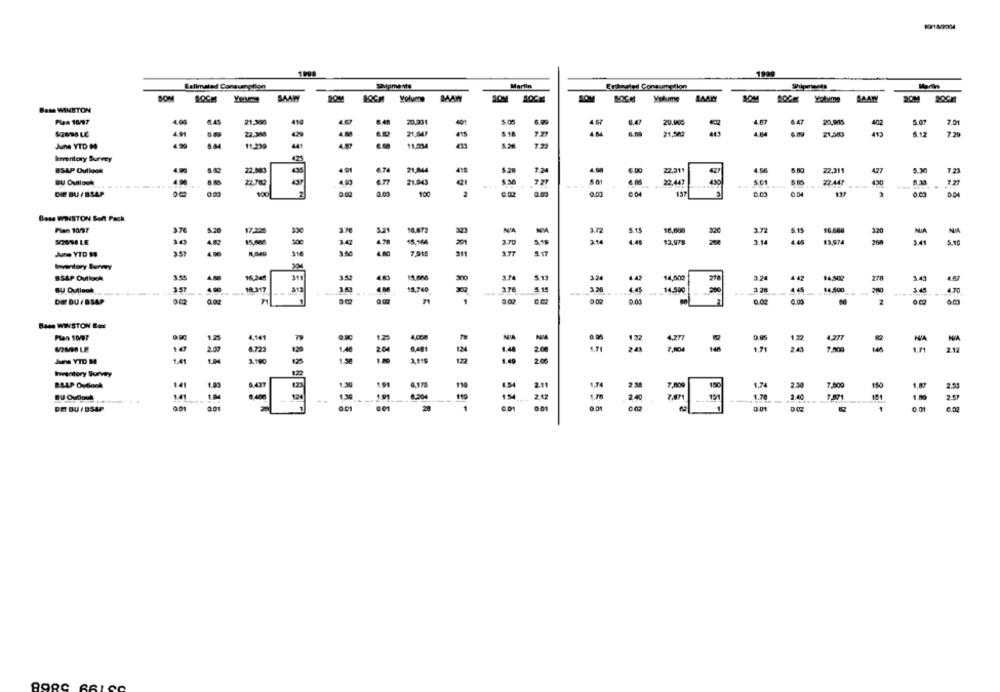
1999
Estimated Consumption
Martin
Eninated Consumption
Shipments
Martin
SAAW
SOM
SAAN
SOM
SOM BOCH Youmy
SOM
AOCH
SOM
Volume
LAANY
20M
Base WINSTON
Plea 10/97
21.300
20.331
4.57
6.4
20.10
5.47
20,905
402
7.01
21,547
7.29
22.3M4
415
72
4 M
21,240
21,583
6.12
- YTD M
11.239
11.034
Inventory Survey
425
BSAP Outlook
22.50
435
21.844
410
1.28
7.2
6.10
22.311
4.56
5. 80
22,311
477
7.23
21.943
501
22.447
...
22.782
727
22.447
DIE BU / BSAP
100
0.02
100
2
137
0.04
3
Base WINSTON Soft Pack
37
5.20
S.15
16.088
Plan 10/7
3.72
3.72
320
13,978
4.45
$3,974
3.41
5.15
June YTD 18
3 50
311
Inventory Survey
BSAP Outlook
3.58
34
4.42
14,502
14,502
3.43
4.80
16,24€
340
3.52
4.83
15.000
3.74
1.13
278
4.47
BU Outlook
3.57
----
---
4.45
14.500
200
3.20
445
84,500
---
200
...
-
are
4.70
DIFF DU / BSAP
0.00
0.02
0.00
E55 558
Bam WINSTON Box
Plan 10/7
1.25
1.25
4,000
NA
132
.
1.22
4.277
10
2.07
200
243
20
7.500
1.71
212
Are YTD M
1.41
204
1.30
122
2.06
Inventory Survey
1.29
BALP Oudloch
141
1.90
191
4.175
1.74
7. 000
1.74
7.000
150
1.87
2.53
211
151
1.70
2.40
7.871
1.00
BU Oudlook
1.41
2.40
2.57
DET BU / BSAP
0.01
001
0.01
1
0.01
1
0.01